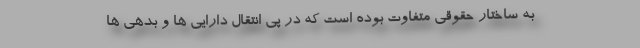
به ساختار حقوقی متفاوت بوده است که در پی انتقال دارایی ها و بدهی ها